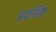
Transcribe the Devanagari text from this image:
अवशिष्ठ